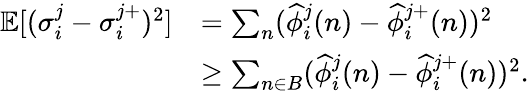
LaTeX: \begin{array}{rl}{\mathbb{E}[(\sigma_{i}^{j}-\sigma_{i}^{j+})^{2}]}&{=\sum_{n}(\widehat{\phi}_{i}^{j}(n)-\widehat{\phi}_{i}^{j+}(n))^{2}}\\ &{\ge\sum_{n\in B}(\widehat{\phi}_{i}^{j}(n)-\widehat{\phi}_{i}^{j+}(n))^{2}.}\end{array}